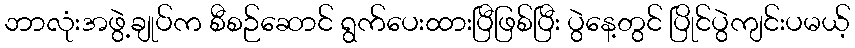
ဘာလုံးအဖွဲ့ချုပ်က စီစဉ်ဆောင် ရွက်ပေးထားပြီဖြစ်ပြီး ပွဲနေ့တွင် ပြိုင်ပွဲကျင်းပမယ့်